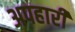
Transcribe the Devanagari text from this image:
अपहारी